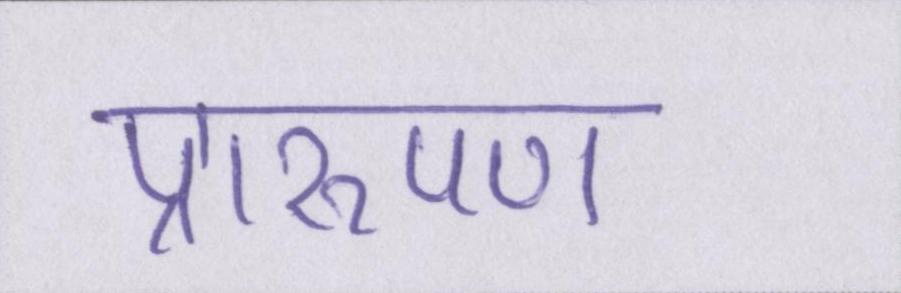
प्रारूपण